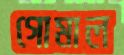
গোমাল